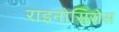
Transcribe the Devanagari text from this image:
राइनोसिरोस